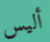
أليس